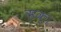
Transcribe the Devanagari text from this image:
ऋक्।